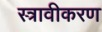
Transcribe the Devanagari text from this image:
स्त्रावीकरण